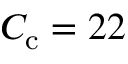
C _ { \mathrm { c } } = 2 2